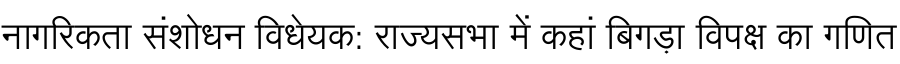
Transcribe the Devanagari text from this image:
नागरिकता संशोधन विधेयक: राज्यसभा में कहां बिगड़ा विपक्ष का गणित